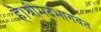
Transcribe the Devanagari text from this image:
है।श्रीमदभागवत